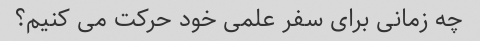
چه زمانی برای سفر علمی خود حرکت می کنیم؟